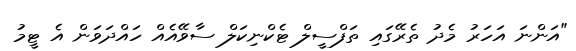
"އަންނަ އަހަރު މެދު ތެރޭގައި ތަފްސީލް ޓެކްނިކަލް ސާވޭއެއް ހައްދަވަން އެ ޓީމު